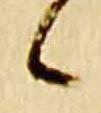
候